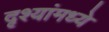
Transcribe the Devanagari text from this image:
दृश्यांमध्ये